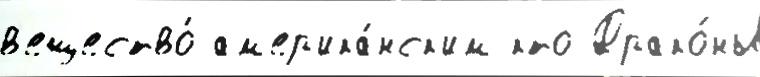
в'ещество́ ам'ер'ика́нск'им кто Драко́ны